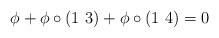
LaTeX: \begin{align*} \phi + \phi \circ (1\,\,3) + \phi\circ(1\,\,4) = 0 \end{align*}